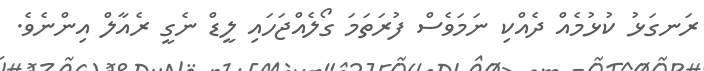
ރަނގަޅު ކުޅުމެއް ދެއްކި ނަމަވެސް ފުރަތަމަ ގޯލެއްޖަހައި ލީޑް ނެގީ ރެއާލް އިންނެވެ.